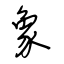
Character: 象